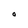
Character: O